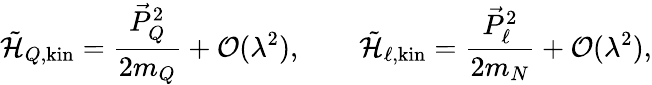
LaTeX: \tilde{\cal H}_{Q,\mathrm{kin}}={\frac{\vec{P}_{Q}^{2}}{2m_{Q}}}+{\cal O}(\lambda^{2}),\qquad\tilde{\cal H}_{\ell,\mathrm{kin}}={\frac{\vec{P}_{\ell}^{2}}{2m_{N}}}+{\cal O}(\lambda^{2}),